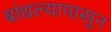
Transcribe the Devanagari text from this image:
बांधल्यापासून